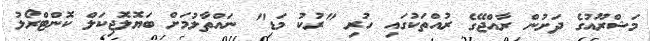
މަޝްރޫއުގެ ދަށުން ރާއްޖޭގެ ރުއްތަކުގައި ހުރި "ރުކު މަޑި" ނައްތާލުމަށް ބަޔޮލޮޖިކަލް ކޮންޓްރޯލު